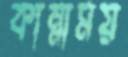
কান্নাময়